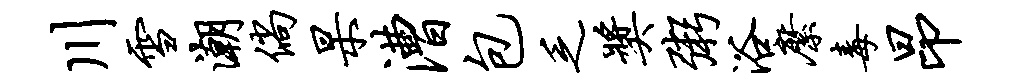
川雪潮倘杲漕包乏奖粥浴縻毒昂